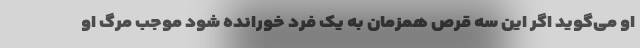
او می‌گوید اگر این سه قرص همزمان به یک فرد خورانده شود موجب مرگ او